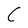
Character: C